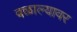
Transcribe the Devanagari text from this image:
वळाल्यावर